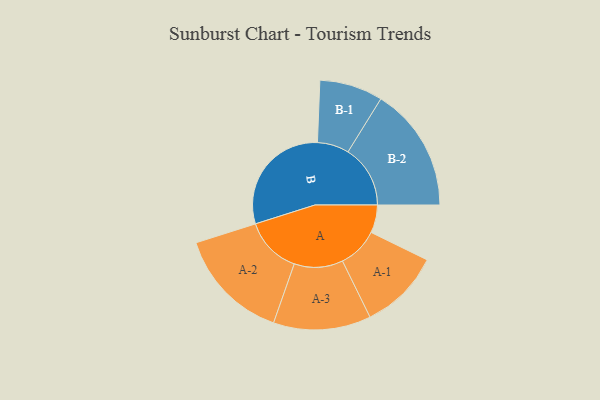
{"axis": {"x": "Segment", "y": "Value"}, "legend": ["", "A", "B"], "data": [{"x": "A", "y": 111, "type": ""}, {"x": "B", "y": 468, "type": ""}, {"x": "A-1", "y": 161, "type": "A"}, {"x": "A-2", "y": 226, "type": "A"}, {"x": "A-3", "y": 194, "type": "A"}, {"x": "B-1", "y": 126, "type": "B"}, {"x": "B-2", "y": 248, "type": "B"}]}